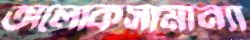
অলোকসামান্যা